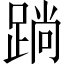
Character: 䠀